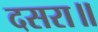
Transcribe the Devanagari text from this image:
दसरा॥